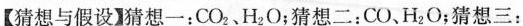
【猜想与假设】猜想一：CO_{2}、H_{2}O；猜想二：CO、H_{2}O；猜想三：